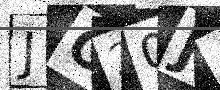
Text: JO20J4